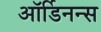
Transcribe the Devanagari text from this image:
ऑर्डिनन्स